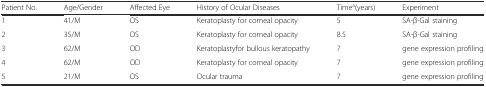
<table><thead><tr><td><b>Patient No.</b></td><td><b>Age/Gender</b></td><td><b>Affected Eye</b></td><td><b>History of Ocular Diseases</b></td><td><b>Time<sup>a</sup>(years)</b></td><td><b>Experiment</b></td></tr></thead><tbody><tr><td>1</td><td>41/M</td><td>OS</td><td>Keratoplasty for corneal opacity</td><td>5</td><td>SA-β-Gal staining</td></tr><tr><td>2</td><td>35/M</td><td>OS</td><td>Keratoplasty for corneal opacity</td><td>8.5</td><td>SA-β-Gal staining</td></tr><tr><td>3</td><td>62/M</td><td>OD</td><td>Keratoplastyfor bullous keratopathy</td><td>7</td><td>gene expression profiling</td></tr><tr><td>4</td><td>62/M</td><td>OD</td><td>Keratoplasty for corneal opacity</td><td>7</td><td>gene expression profiling</td></tr><tr><td>5</td><td>21/M</td><td>OS</td><td>Ocular trauma</td><td>7</td><td>gene expression profiling</td></tr></tbody></table>